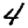
Digit: 4